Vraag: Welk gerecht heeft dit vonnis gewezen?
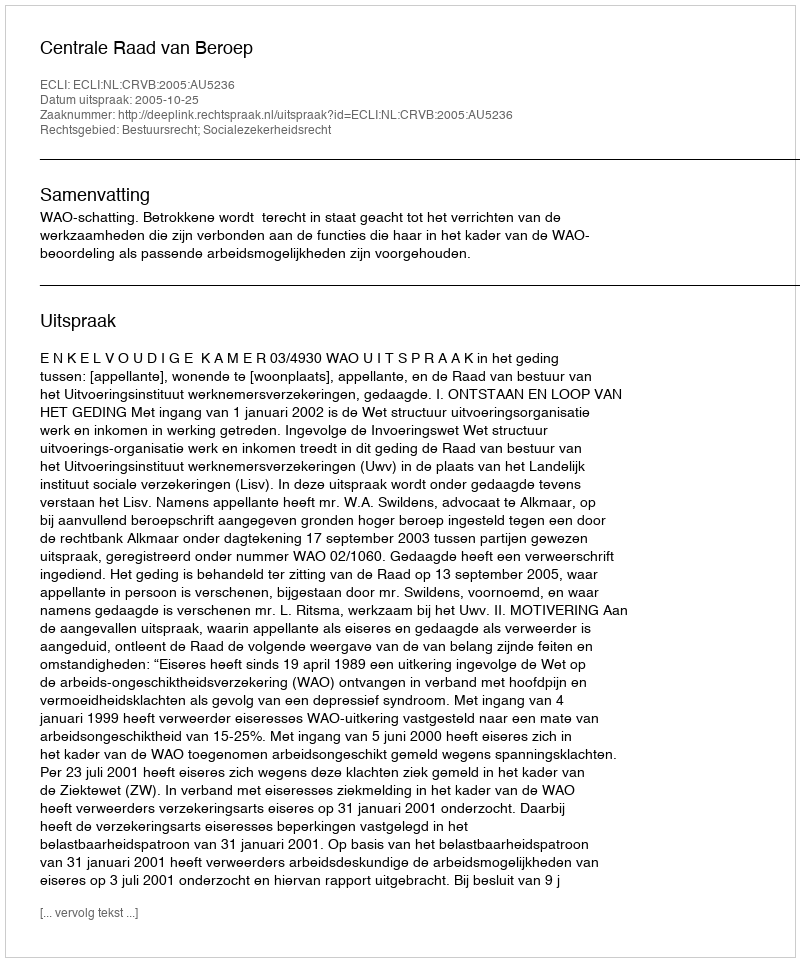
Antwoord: Centrale Raad van Beroep